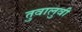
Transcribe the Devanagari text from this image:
तुवालुवी